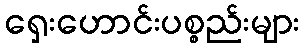
ရှေးဟောင်းပစ္စည်းများ